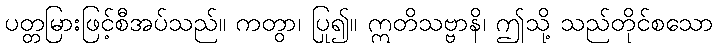
ပတ္တမြားဖြင့်စီအပ်သည်။ ကတွာ၊ ပြု၍။ ဣတိသဗ္ဗာနိ၊ ဤသို့ သည်တိုင်စသော